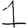
Digit: 1